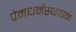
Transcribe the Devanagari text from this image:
प्रेमधर्मस्थापन